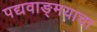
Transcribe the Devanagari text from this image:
पद्यवाङ्मयाचा